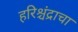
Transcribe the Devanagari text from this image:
हरिश्चंद्राचा